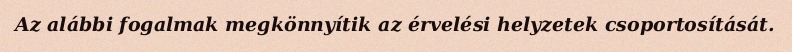
Az alábbi fogalmak megkönnyítik az érvelési helyzetek csoportosítását.